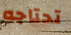
تحتاجه